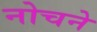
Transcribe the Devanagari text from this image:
नोचने